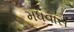
મધવાસ